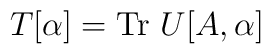
T[\alpha] = {\rm Tr}\ U[A,\alpha]